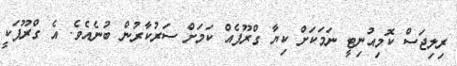
ރިލިޖަސް ކޮމިއުނިޓީ ނަމަކަށް ކިޔާ ގްރޫޕެއް ކަމަށް ސަރުކާރުން ބުނެއެވެ. އެ ގްރޫޕަކީ